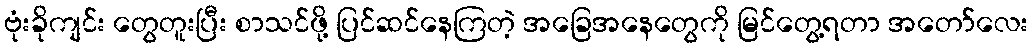
ဗုံးခိုကျင်း တွေတူးပြီး စာသင်ဖို့ ပြင်ဆင်နေကြတဲ့ အခြေအနေတွေကို မြင်တွေ့ရတာ အတော်လေး